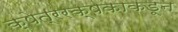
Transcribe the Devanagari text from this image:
क्षेत्ररक्षकाकडून